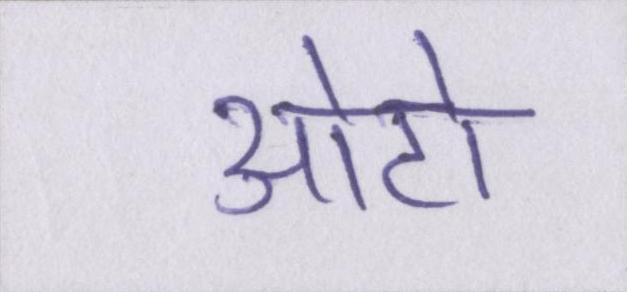
ओटो